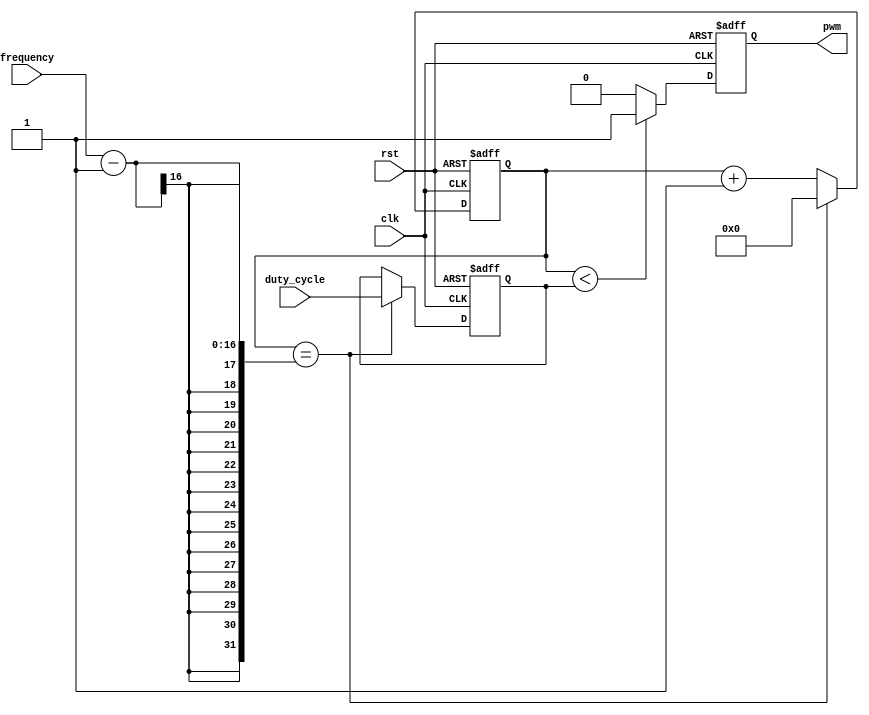
module pwm_generator (
    input wire clk,
    input wire rst,
    input wire [7:0] duty_cycle,
    input wire [15:0] frequency,
    output reg pwm
);

reg [15:0] count;
reg [7:0] pwm_width;

always @(posedge clk or posedge rst) begin
    if (rst) begin
        count <= 16'b0;
        pwm_width <= 8'b0;
        pwm <= 0;
    end else begin
        count <= count + 1;
        if (count == frequency - 1) begin
            count <= 16'b0;
            pwm_width <= duty_cycle;
        end
        if (count < pwm_width) begin
            pwm <= 1;
        end else begin
            pwm <= 0;
        end
    end
end

endmodule